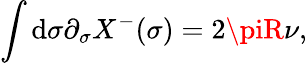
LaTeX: \int\mathrm{d}\sigma\partial_{\sigma}X^{-}(\sigma)=2\piR\nu,